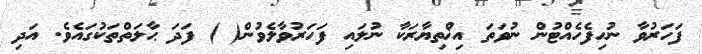
ފަހަރުވާ ނުހިފެހެއްޓުން ނުވަތަ އިޚްތިޔާރަކާ ނުލައި ފަހަރުވާލެވުން( ) ފަދަ ޙާލަތްތަކުގައެވެ. އަދި